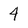
Character: 4